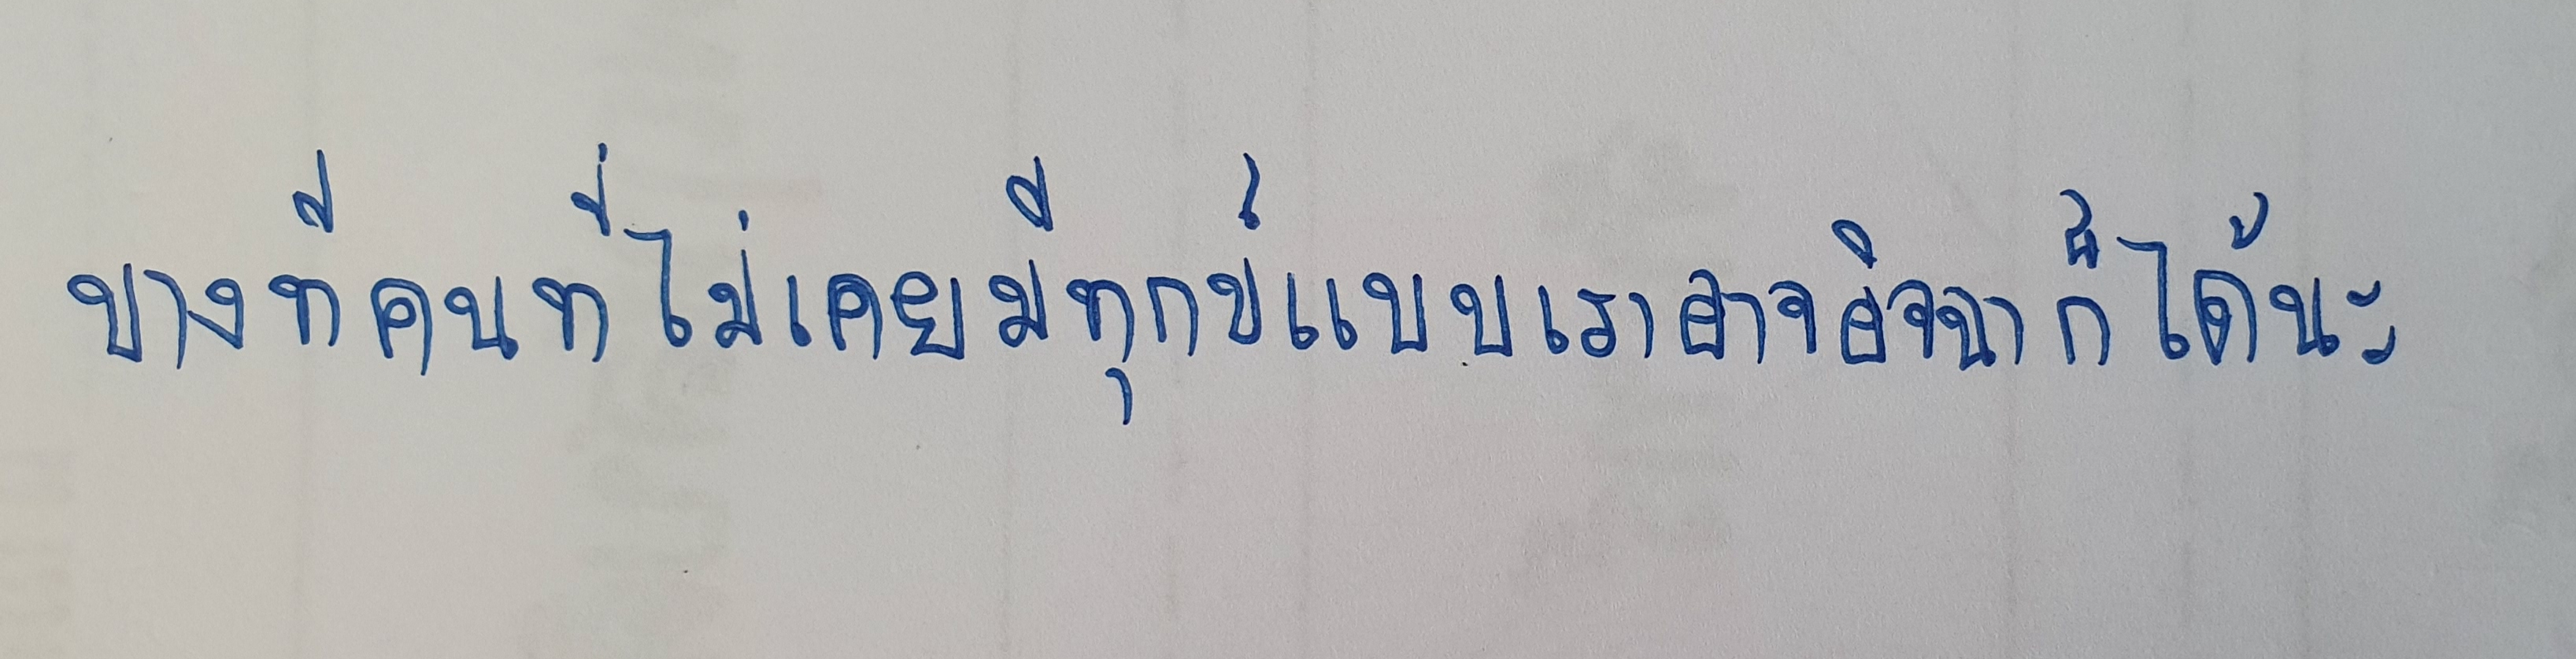
บางทีคนที่ไม่เคยมีทุกข์แบบเราอาจอิจฉาก็ได้นะ